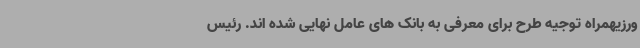
ورزیهمراه توجیه طرح برای معرفی به بانک های عامل نهایی شده اند. رئیس